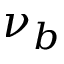
\nu _ { b }